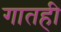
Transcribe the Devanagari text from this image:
गातही